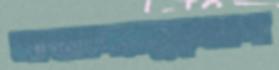
মাস্তানেরাচূড়আসা